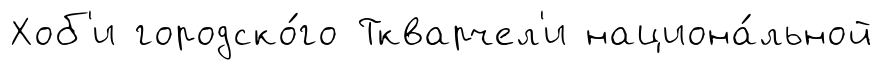
Хоб'и городско́го Ткварчел'и национа́льной